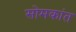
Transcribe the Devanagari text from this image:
सोमकांत